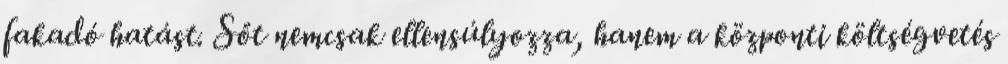
fakadó hatást. Sőt nemcsak ellensúlyozza, hanem a központi költségvetés